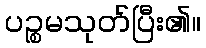
ပဉ္စမသုတ်ပြီး၏။